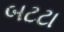
બટટા